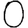
Digit: 0